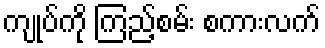
ကျုပ်ကို ကြည့်စမ်း စကားလက်